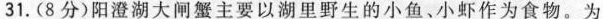
31.(8分)阳澄湖大闸蟹主要以湖里野生的小鱼、小虾作为食物。为